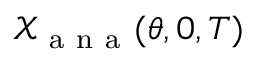
\mathcal { X } _ { \mathrm { ~ a ~ n ~ a ~ } } ( \theta , 0 , T )